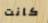
كانت